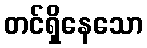
တင်ရှိနေသော